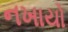
નખાયો